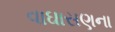
વાઘાસણના